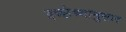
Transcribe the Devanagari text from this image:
इच्छेच्यानुसार